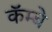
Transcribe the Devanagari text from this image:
कॅम्बे